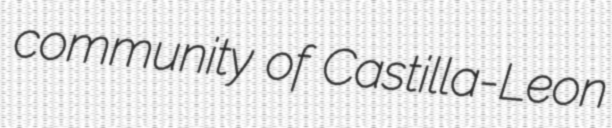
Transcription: community of Castilla-Leon